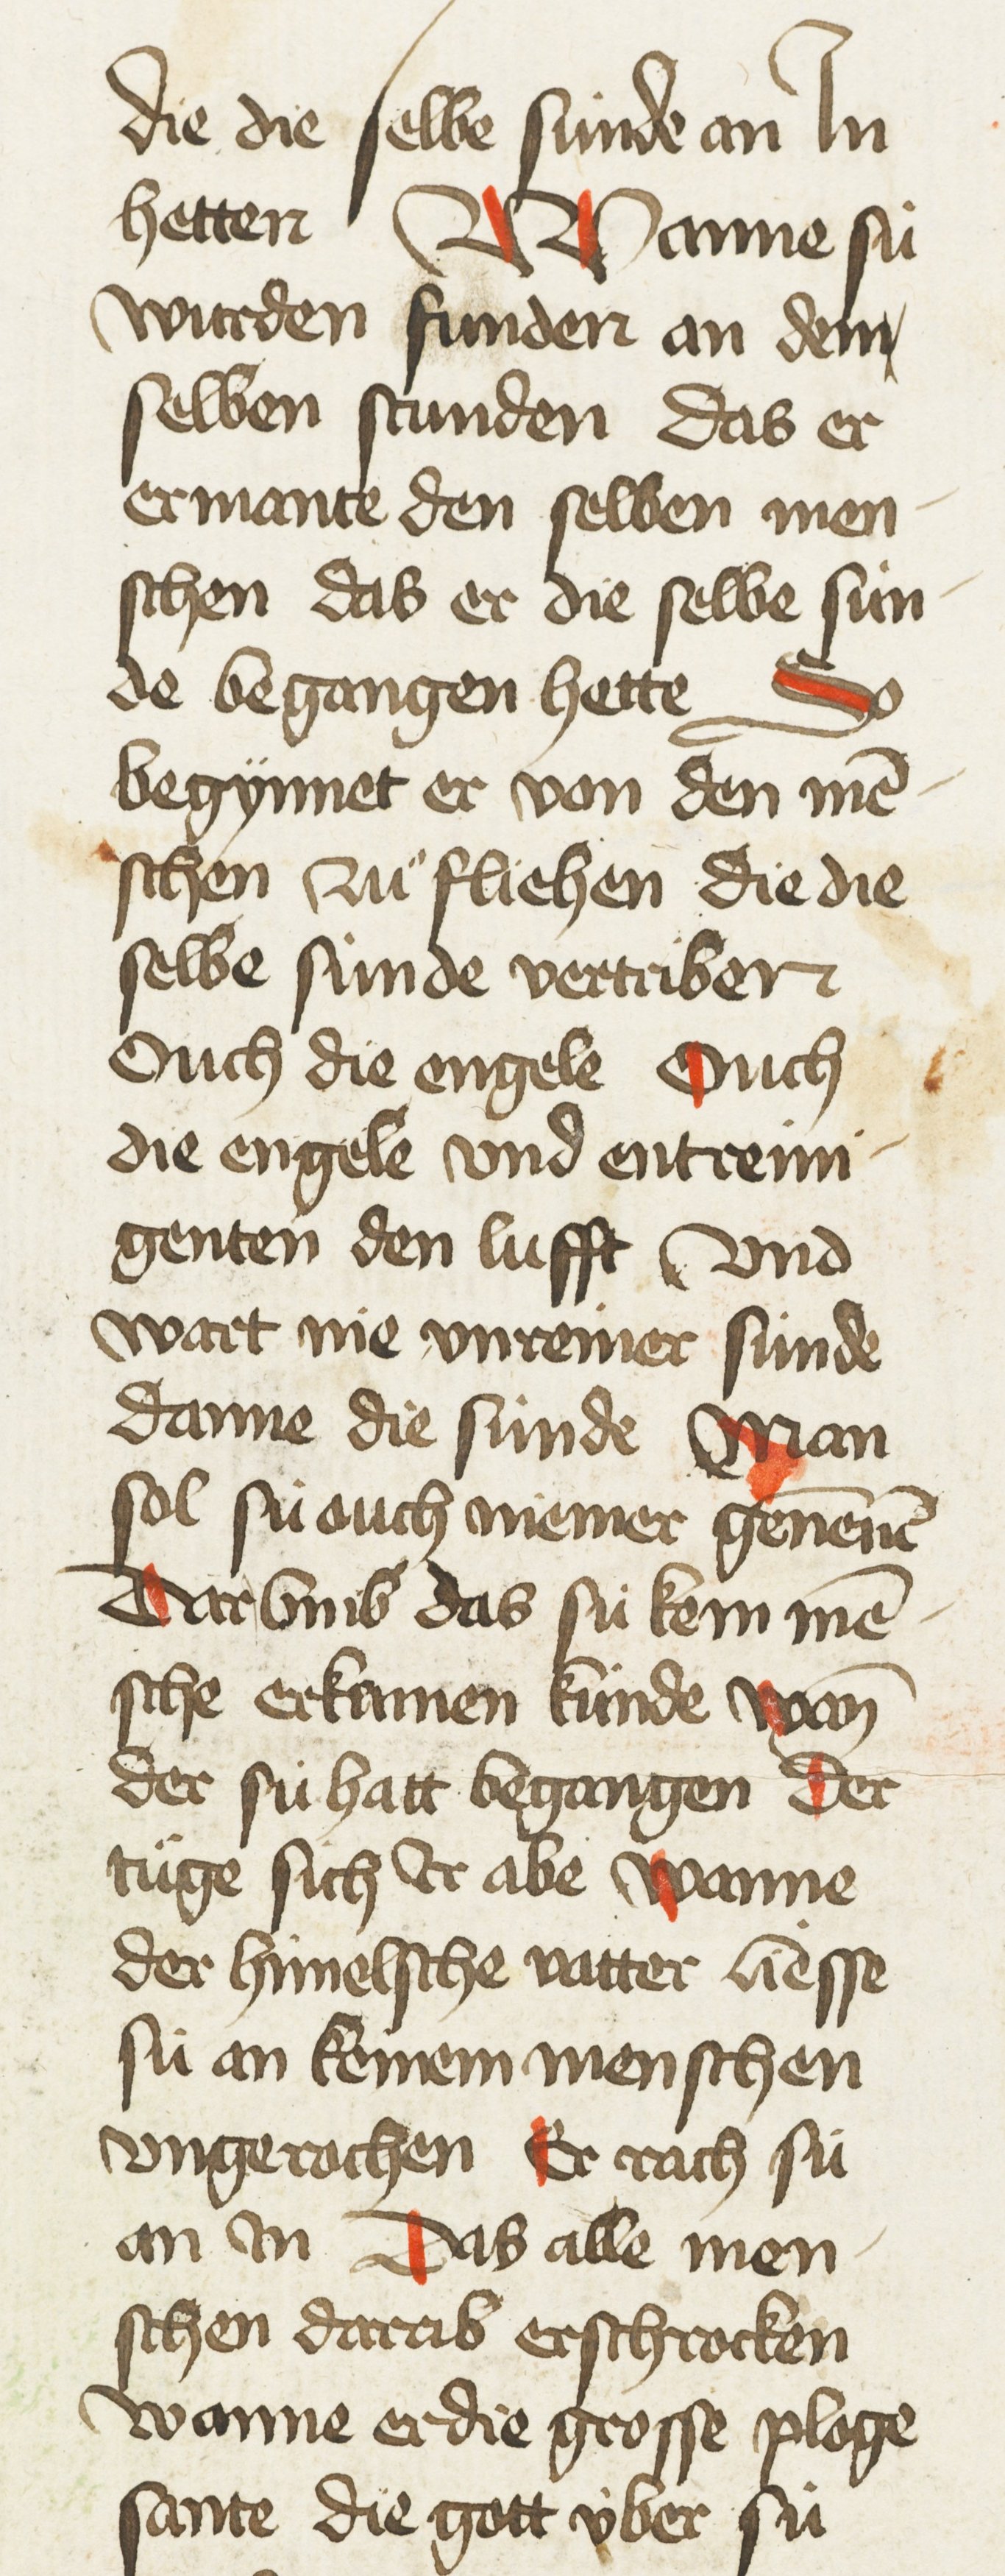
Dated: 1435–1465